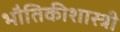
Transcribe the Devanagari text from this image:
भौतिकीशास्त्री